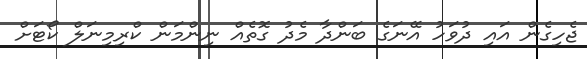
ޖެހިގެން އައި ދުވަހު އޭނަގެ ބަންދާ މެދު ގޮތެއް ނިންމަން ކްރިމިނަލް ކޯޓަށް